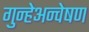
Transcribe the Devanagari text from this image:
गुन्हेअन्वेषण